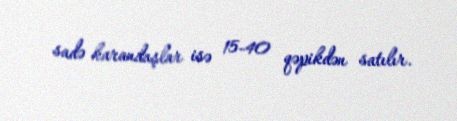
sadə karandaşlar isə 15-40 qəpikdən satılır.